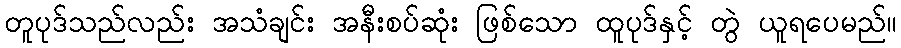
တူပုဒ်သည်လည်း အသံချင်း အနီးစပ်ဆုံး ဖြစ်သော ထူပုဒ်နှင့် တွဲ ယူရပေမည်။